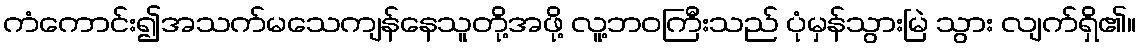
ကံကောင်း၍အသက်မသေကျန်နေသူတို့အဖို့ လူ့ဘဝကြီးသည် ပုံမှန်သွားမြဲ သွား လျက်ရှိ၏။